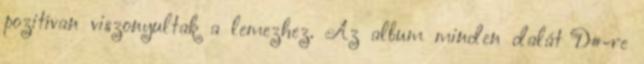
pozitívan viszonyultak a lemezhez. Az album minden dalát D#-re